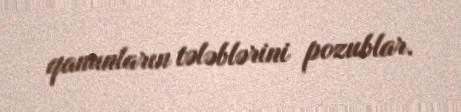
qanunların tələblərini pozublar.